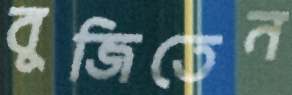
বুজিতেন